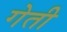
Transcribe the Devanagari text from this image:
गेती